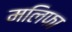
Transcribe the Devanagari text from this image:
मलिफा